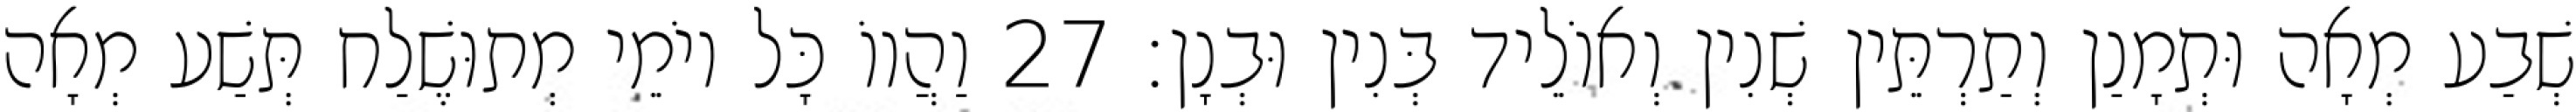
שְׁבַע מְאָה וּתְמָנַן וְתַרְתֵּין שְׁנִין וְאוֹלֵיד בְּנִין וּבְנָן׃ 27 וַהֲווֹ כָּל יוֹמֵי מְתוּשֶׁלַח תְּשַׁע מְאָה